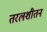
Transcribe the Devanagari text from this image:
तरलशीतन